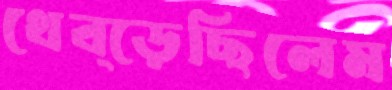
থেব্‌ড়েছিলেম